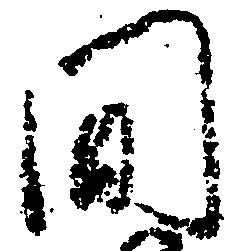
間